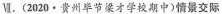
Ⅶ.(2020 · 贵州毕节梁才学校期中)情景交际